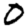
Digit: 0